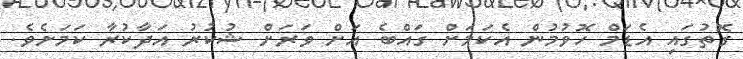
ގޮތުގައި އެޑަމް ހޮވުމުން އެކަމަށް ގައްބެ އަށް ވަރަށް ޝުކުރު އަދާކުރާ ކަމަށެވެ.